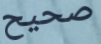
صحيح